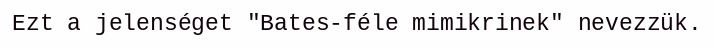
Ezt a jelenséget "Bates-féle mimikrinek" nevezzük.